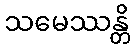
သမေဿန္တိ